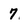
Character: 7